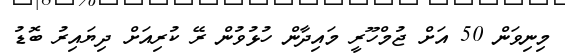
މިނިވަން 50 އަށް ޖުމްހޫރީ މައިދާން ހުޅުވުން ރޭ ކުރިއަށް ދިޔައިރު ބޮޑު